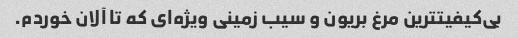
بی‌کیفیتترین مرغ بریون و سیب زمینی ویژه‌ای که تا آلان خوردم.